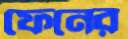
ফেনের